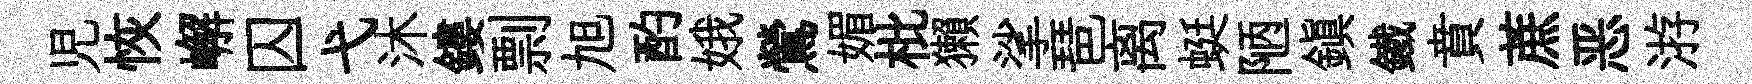
児恢嶰囚弋沐鏤剽旭酌娥鶯媚枇獺挲琶离蜓陋鎭鐵賁蔗恶㳺